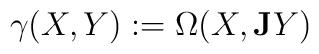
\gamma (X, Y) := \Omega(X, {\bf J} Y)